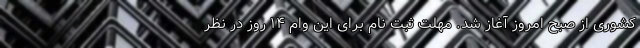
کشوری از صبح امروز آغاز شد. مهلت ثبت نام برای این وام ۱۴ روز در نظر